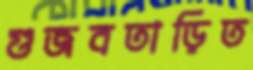
গুজবতাড়িত